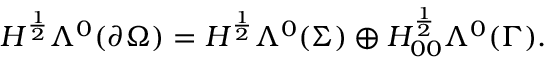
H ^ { \frac { 1 } { 2 } } \Lambda ^ { 0 } ( \partial \Omega ) = H ^ { \frac { 1 } { 2 } } \Lambda ^ { 0 } ( \Sigma ) \oplus H _ { 0 0 } ^ { \frac { 1 } { 2 } } \Lambda ^ { 0 } ( \Gamma ) .